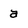
Character: a